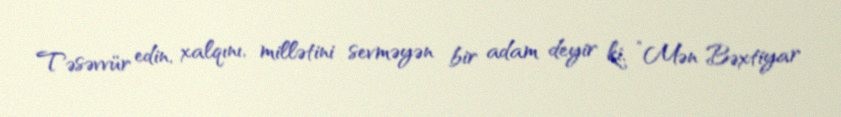
Təsəvvür edin, xalqını, millətini sevməyən bir adam deyir ki, ”Mən Bəxtiyar